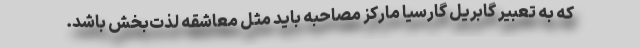
که به تعبیر گابریل گارسیا مارکز مصاحبه باید مثل معاشقه لذت‌بخش باشد.